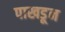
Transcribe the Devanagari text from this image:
पाखडून